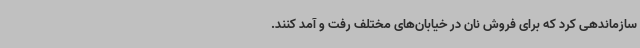
سازماندهی کرد که برای فروش نان در خیابان‌های مختلف رفت و آمد کنند.